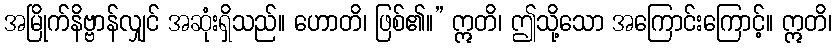
အမြိုက်နိဗ္ဗာန်လျှင် အဆုံးရှိသည်။ ဟောတိ၊ ဖြစ်၏။” ဣတိ၊ ဤသို့သော အကြောင်းကြောင့်။ ဣတိ၊